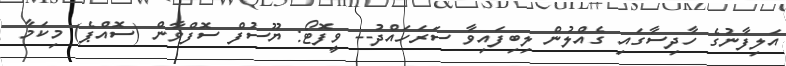
އަލިފާނުގެ ހާދިސާގައި ގެއްލުން ލިބިފައިވާ ސަރަހައްދު-- ވީފޮޓޯ: ޔޫސުފް ސޮފްވާން (ސޮއްޕެ) މިކަމާ